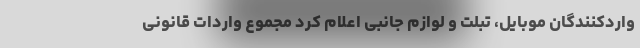
واردکنندگان موبایل، تبلت و لوازم جانبی اعلام کرد مجموع واردات قانونی